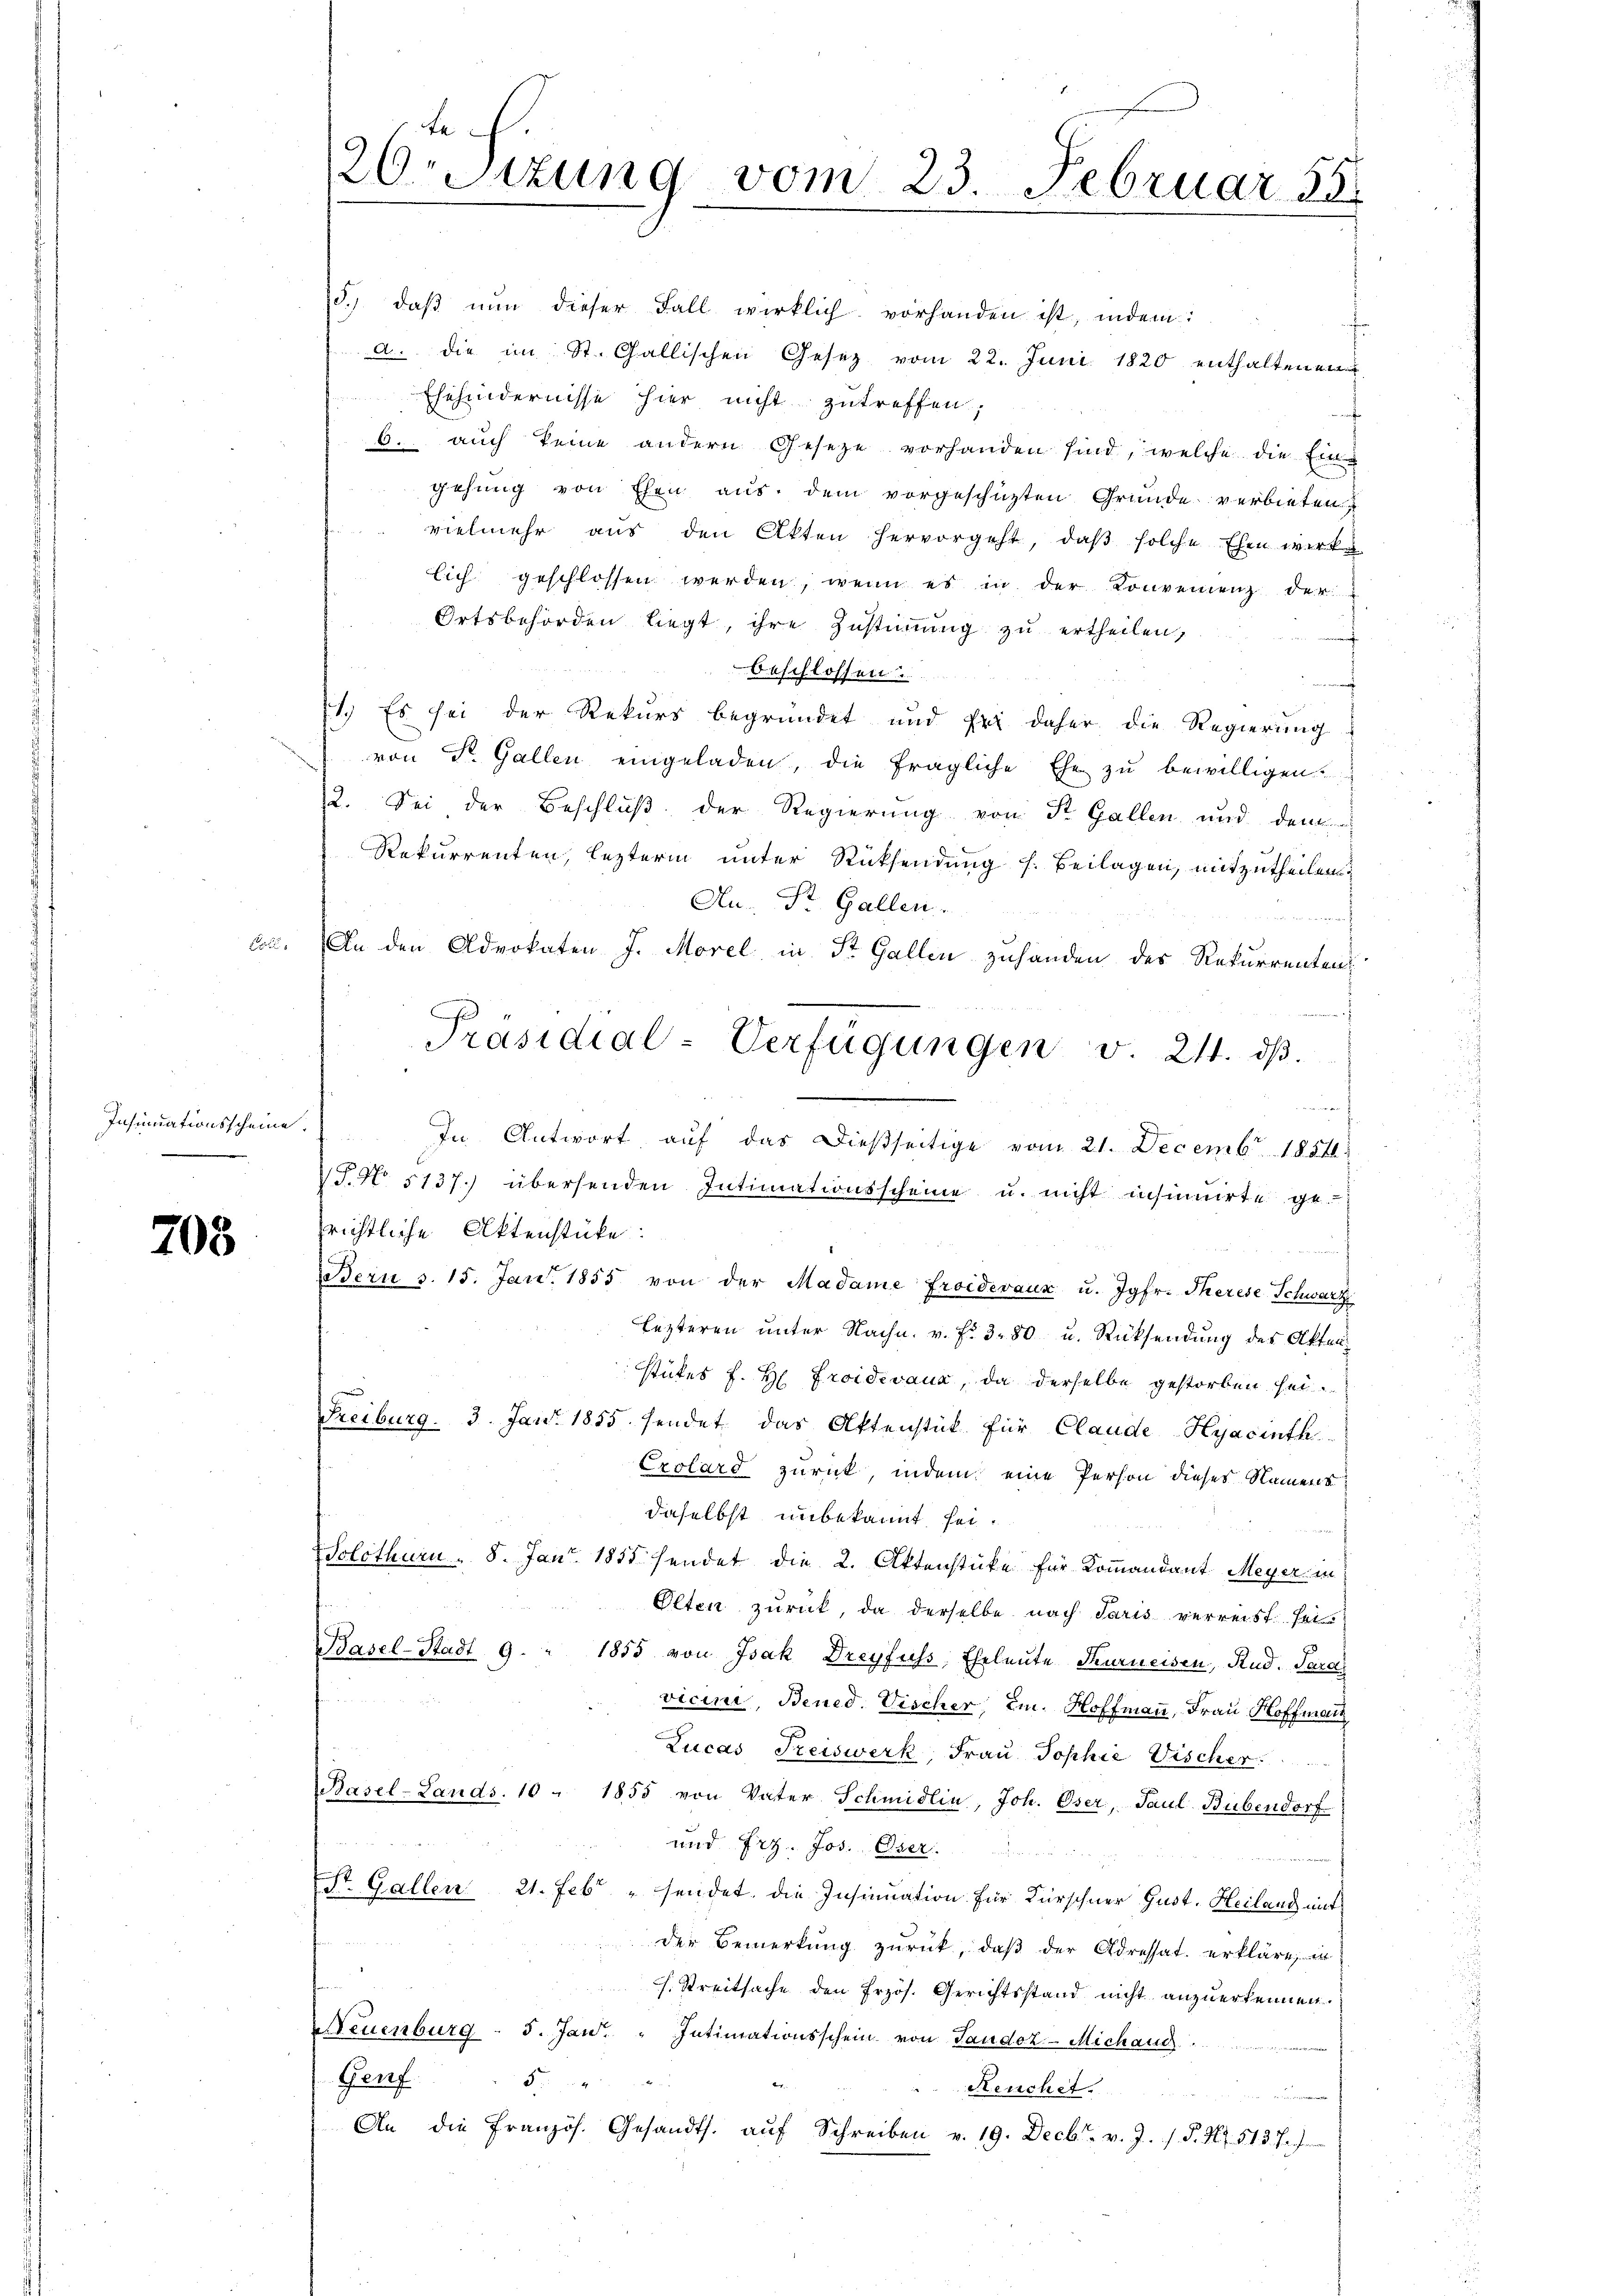
708

d.) daβ nŭn dieser Fall wirklich vorhanden ist, indem:
a. die im St. Gallischen Gesetz vom 22. Juni 1820 enthaltenen
Ehehindernisse hier nicht zutreffen,
6. auch keine andern Geseze vorhanden sind, welche die Ein-
gehung von Ehen aus dem vorgeschüzten Gründe verbieten
vielmehr aus den Akten hervorgeht, daß solche Ehen wirke
lich geschlossen werden, wenn es in der Konvenienz der
Ortsbehörden liegt, ihre Zustimmung zu ertheilen,
menung
beschlossen.
emacht
1.) Es sei der Rekurs begründet und fi daher die Regierung
von Dr. Gallen eingeladen, die fragliche Ehe zu bewilligen.
12. Sei der Beschluß der Regierung von St. Gallen und dem
Rekurrenten, lezterm unter Rücksendung s. Beilagen, mitzutheilen
Au- St. Gallen.
f
ces. An den Advokaten J. Morel in St. Gallen zuhanden des Rekurrenten:

Insumationsscheine. In Antwort aŭf das dießseitige vom 21. Decemb. 1854.
S.N 5137.) übersenden Intimationsscheine u. nicht insumirte ge-
srichtliche Aktenstücke:
Bern S. 15. Jan. 1855 von der Madame Froidevaux u. Jgfr. Therese Schwarz
lezteren unter Nachn. v. fr. 3. 80 u. Rücksendung des Akten
stükes f. H. Froidevaux, da derselbe gestorben sei.
Freiburg. 3. Jan. 1855 sendet das Aktenstück für Claude-Hyacinth
Exolard zurück, indem eine Person dieses Namens
daselbst unbekannt sei.
Solothurn . 8. Jan. 1855 sendet die 2. Aktenstücke für Kommandant Meyer in
Olten zurück, da derselbe nach Paris verreist sei¬
Basel-Stadt 9. " 1855 von Isak Dreyfuss, Eheleute Turneisen, Rud. Sardi
vicini, Bened. Vischer, Em. Hoffmann, Frau Hoffmann
Lucas Freiswerk, Frau Sophie Vischer
Basel-Lands 10 - 1855 von Vater Schmidlin, Joh. Oser, Paul Bubendorf
und Erz. Jos. Oser
St. Gallen 21. Febr " sendet, die Insinuation für Kürschner Gust. Heiland mit
der Bemerkung zurück, daß der Adressat. erklärt, in
h. Streitsache den Frzös. Gerichtsstand nicht anzuerkennen.
Neuenburg - 5. Jan. " Intimationsschein von Tandoz - Michand
Genf 5 "
Reuchet.
An die französ. Gesandts. aŭf Schreiben v. 19. Decbr. v. J. P. Nr. 513. J.)

te
26sizung vom 23. Februar 55

Präsidial-Verfügungen v. 211. dβ.